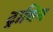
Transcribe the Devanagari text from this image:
ट्राबिन